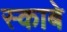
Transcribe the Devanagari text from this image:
स्काबे